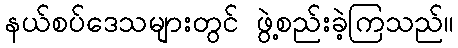
နယ်စပ်ဒေသများတွင် ဖွဲ့စည်းခဲ့ကြသည်။